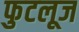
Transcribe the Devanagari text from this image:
फुटलूज